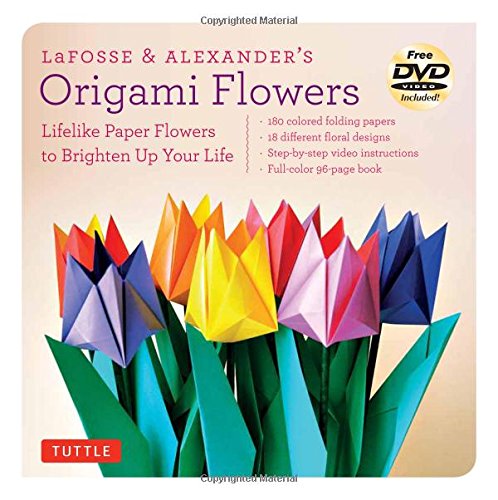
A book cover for LaFosse & Alexander's Origami Flowers Kit: Lifelike Paper Flowers to Brighten Up Your Life [Origami Kit with Book, 180 Papers, 20 Projects, DVD]; Michael G. LaFosse; Crafts, Hobbies & Home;